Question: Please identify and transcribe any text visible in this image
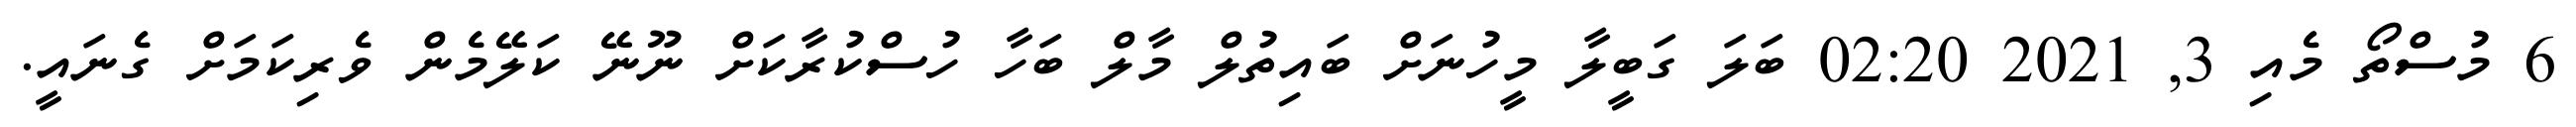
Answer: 6 މުސްތޯ މެއި 3, 2021 02:20 ބަލަ ގަބީލާ މީހުނަށް ބައިތުލް މާލް ބަހާ ހުސްކުރާކަށް ނޫނޭ ކަލޭމެން ވެރިކަމަށް ގެނައީ.